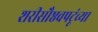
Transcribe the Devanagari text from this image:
शरीसौष्ठवपटूंच्या